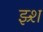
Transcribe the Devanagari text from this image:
झ्र्श